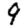
Digit: 9